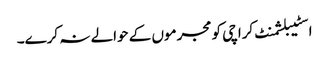
اسٹیبلشمنٹ کراچی کو مجرموں کے حوالے نہ کرے۔